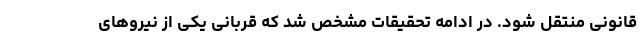
قانونی منتقل شود. در ادامه تحقیقات مشخص شد که قربانی یکی از نیروهای